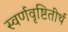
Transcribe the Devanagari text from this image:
स्वर्णवृष्टितीर्थ